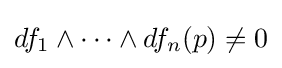
df_{1}\wedge \cdots \wedge df_{n}(p)\neq 0